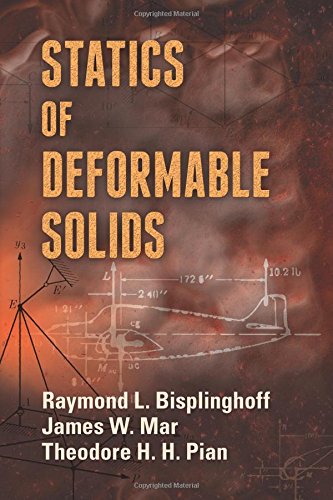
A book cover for Statics of Deformable Solids (Dover Books on Engineering); Raymond L. Bisplinghoff; Science & Math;